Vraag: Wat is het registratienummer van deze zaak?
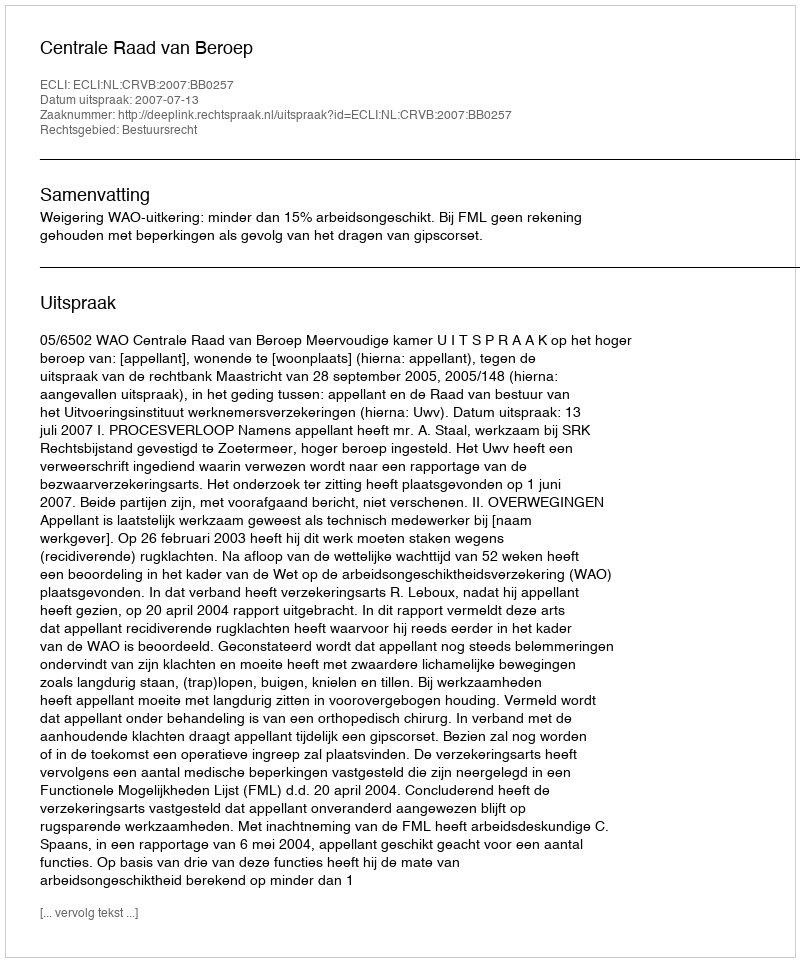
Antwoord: http://deeplink.rechtspraak.nl/uitspraak?id=ECLI:NL:CRVB:2007:BB0257